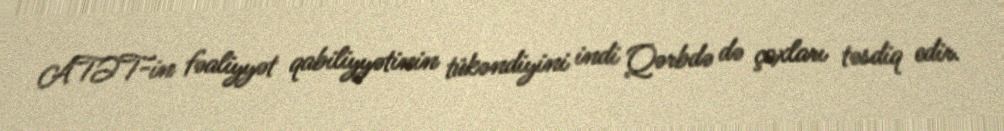
ATƏT-in fəaliyyət qabiliyyətinin tükəndiyini indi Qərbdə də çoxları təsdiq edir.